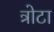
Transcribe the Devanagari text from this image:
त्रोटा